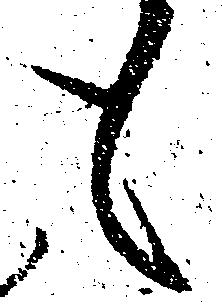
も